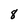
Character: 8